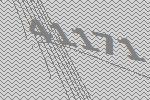
41171